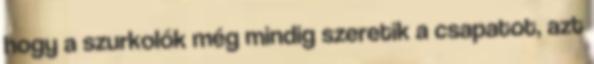
hogy a szurkolók még mindig szeretik a csapatot, azt